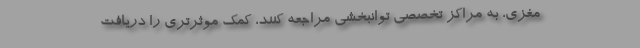
مغزی، به مراکز تخصصی توانبخشی مراجعه کنند، کمک موثرتری را دریافت